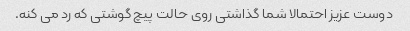
دوست عزیز احتمالا شما گذاشتی روی حالت پیچ گوشتی که رد می کنه.